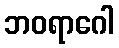
ဘဝရာဂေါ